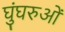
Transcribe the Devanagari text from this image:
घुंघरुओं